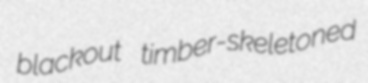
blackout timber-skeletoned